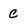
Character: C